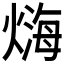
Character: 𤍃